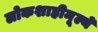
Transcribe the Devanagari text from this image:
लोकशाहीमूल्ये